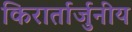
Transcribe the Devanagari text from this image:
किरार्तार्जुनीय